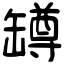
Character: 罇